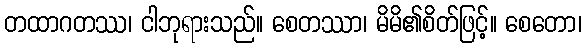
တထာဂတဿ၊ ငါဘုရားသည်။ စေတဿာ၊ မိမိ၏စိတ်ဖြင့်။ စေတော၊